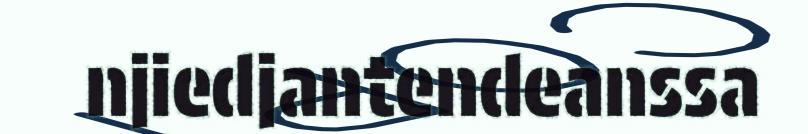
njiedjantendeanssa